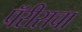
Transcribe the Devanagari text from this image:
पॅरीसचा